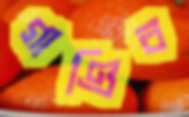
গাণ্ডিব